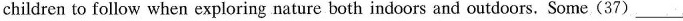
children to follow when exploring nature both indoors and outdoors. Some (37) ___